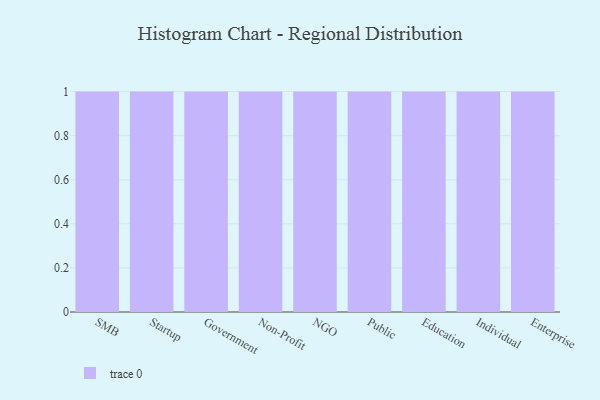
{"axis": {"x": "Segment", "y": "Satisfaction Score"}, "legend": [""], "data": [{"x": "SMB", "y": 46, "type": ""}, {"x": "Startup", "y": 37, "type": ""}, {"x": "Government", "y": 97, "type": ""}, {"x": "Non-Profit", "y": 27, "type": ""}, {"x": "NGO", "y": 24, "type": ""}, {"x": "Public", "y": 86, "type": ""}, {"x": "Education", "y": 83, "type": ""}, {"x": "Individual", "y": 45, "type": ""}, {"x": "Enterprise", "y": 2, "type": ""}]}